Scientific memoirs by medical officers of the Army of India - Part VIII,
Year: 1894
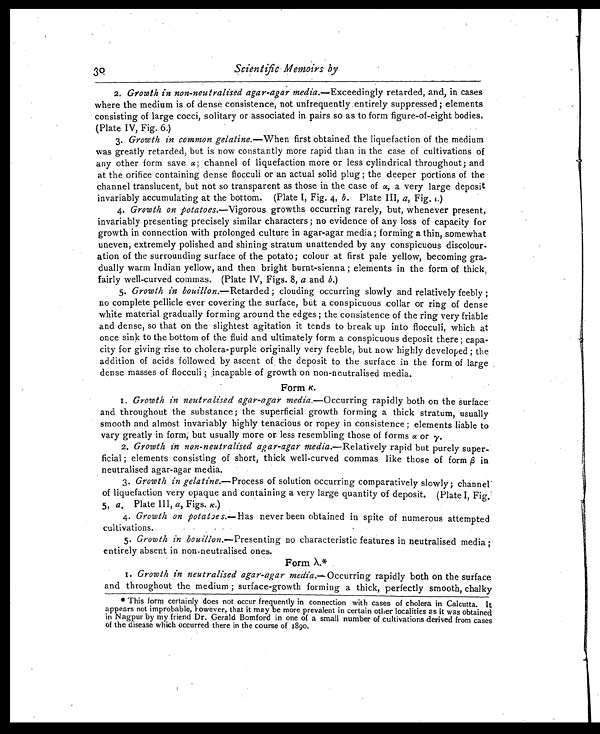
30
Scientific Memoirs by
2. Growth in non-neutralised agar-agar media.—Exceedingly retarded, and, in cases
where the medium is of dense consistence, not unfrequently entirely suppressed ; elements
consisting of large cocci, solitary or associated in pairs so as to form figure-of-eight bodies,
(Plate IV, Fig. 6.)
3. Growth in common gelatine.—When first obtained the liquefaction of the medium
was greatly retarded, but is now constantly more rapid than in the case of cultivations of
any other form save a; channel of liquefaction more or less cylindrical throughout; and
at the orifice containing dense flocculi or an actual solid plug ; the deeper portions of the
channel translucent, but not so transparent as those in the case of α, a very large deposit
invariably accumulating at the bottom. (Plate I, Fig. 4, b . Plate III, a, Fig. ι .)
4. Growth on potatoes.—Vigorous growths occurring rarely, but, whenever present,
invariably presenting precisely similar characters ; no evidence of any loss of capacity for
growth in connection with prolonged culture in agar-agar media ; forming a thin, somewhat
uneven, extremely polished and shining stratum unattended by any conspicuous discolour-
ation of the surrounding surface of the potato ; colour at first pale yellow, becoming gra-
dually warm Indian yellow, and then bright burnt-sienna ; elements in the form of thick,
fairly well-curved commas. (Plate IV, Figs. 8, a and b .)
5. Growth in bouillon.—Retarded; clouding occurring slowly and relatively feebly ;
no complete pellicle ever covering the surface, but a conspicuous collar or ring of dense
white material gradually forming around the edges ; the consistence of the ring very friable
and dense, so that on the slightest agitation it tends to break up into flocculi, which at
once sink to the bottom of the fluid and ultimately form a conspicuous deposit there ; capa-
city for giving rise to cholera-purple originally very feeble, but now highly developed ; the
addition of acids followed by ascent of the deposit to the surface in the form of large
dense masses of flocculi ; incapable of growth on non-neutralised media.
Form K.
1. Growth in neutralised agar-agar media. — O c c u r r i n g r a p i d l y b o t h o n t h e s u r f a c e
and throughout the substance; the superficial growth forming a thick stratum, usually
smooth and almost invariably highly tenacious or ropey in consistence ; elements liable to
vary greatly in form, but usually more or less resembling those of forms α or γ.
2. Growth in non-neutralised agar-agar media.—Relatively rapid but purely super-
ficial ; elements consisting of short, thick well-curved commas like those of form β in
neutralised agar-agar media.
3. Growth in gelatine. — P r o c e s s o f s o l u t i o n o c c u r r i n g c o m p a r a t i v e l y s l o w l y ; c h a n n e l
of liquefaction very opaque and containing a very large quantity of deposit. (Plate I, Fig.
5, a . Plate III, a , Figs. K .)
4. Growth on potatoes. —Has never been obtained in spite of numerous attempted
cultivations.
5. Growth in bouillon. —Presenting no characteristic features in neutralised media ;
entirely absent in non-neutralised ones.
Form λ.*
1. Growth in neutralised agar-agar media.—Occurring rapidly both on the surface
and throughout the medium ; surface-growth forming a thick, perfectly smooth, chalky
* This form certainly does not occur frequently in connection with cases of cholera in Calcutta. It
appears not improbable, however, that it may be more prevalent in certain other localities as it was obtained
in Nagpur by my friend Dr. Gerald Bomford in one of a small number of cultivations derived from cases
of the disease which occurred there in the course of 1 89o.